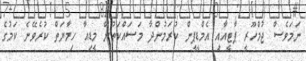
ނަމަވެސް ޖުމްހޫރީ ޕާޓީއާއި އެމްޑީޕީން ކުރަމުންދާ މަސައްކަތުން މީޑިއާ ހިމާޔަތް ކުރެވޭނެ ކަމުގެ